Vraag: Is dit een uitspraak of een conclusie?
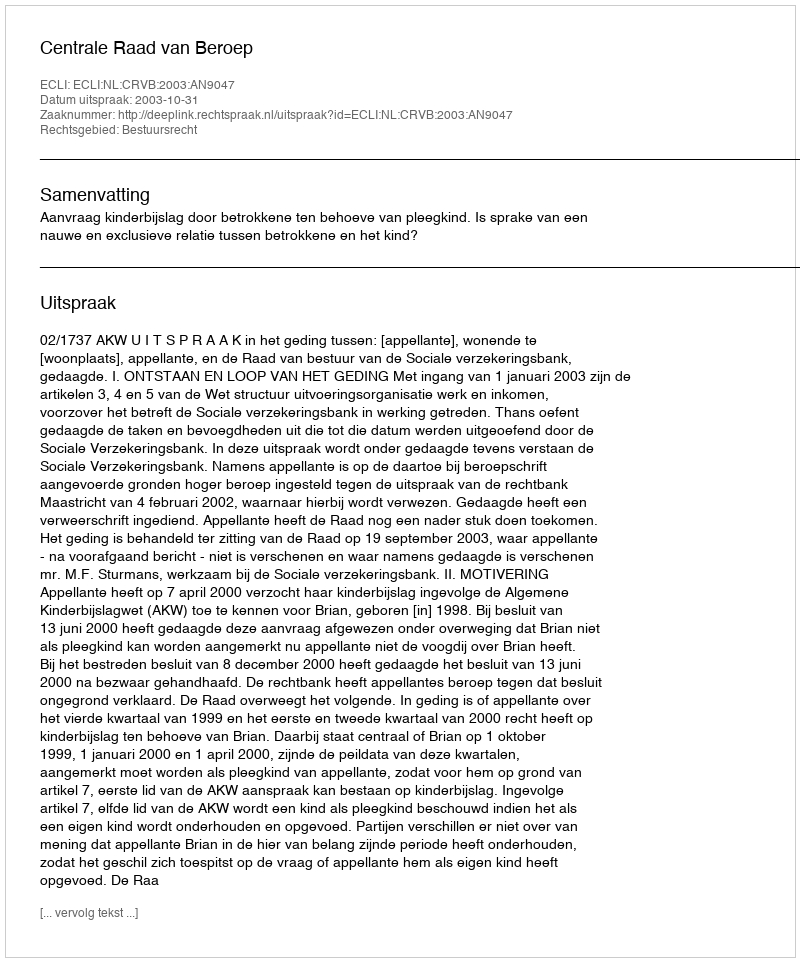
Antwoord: Uitspraak